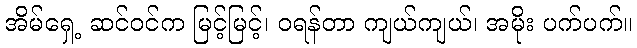
အိမ်ရှေ့ ဆင်ဝင်က မြင့်မြင့်၊ ဝရန်တာ ကျယ်ကျယ်၊ အမိုး ပက်ပက်။